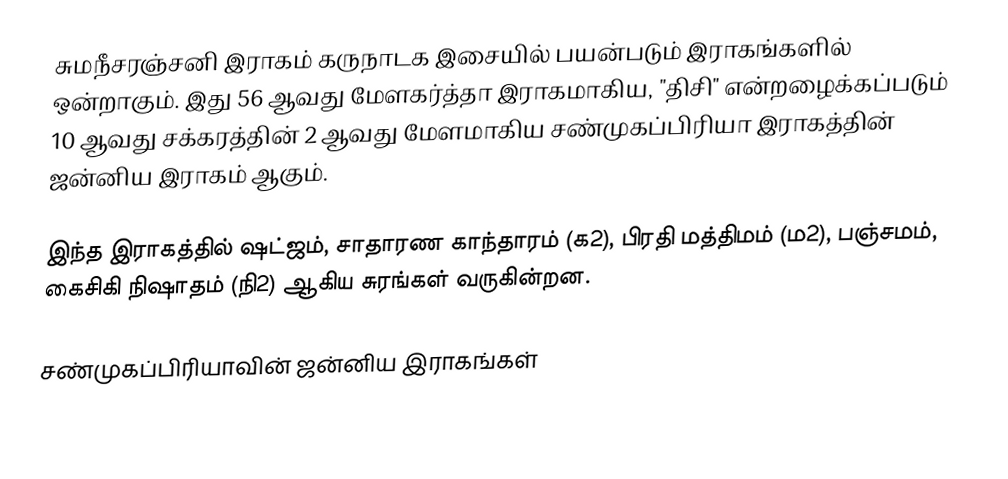
சுமநீசரஞ்சனி இராகம் கருநாடக இசையில் பயன்படும் இராகங்களில் ஒன்றாகும். இது 56 ஆவது மேளகர்த்தா இராகமாகிய, "திசி" என்றழைக்கப்படும் 10 ஆவது சக்கரத்தின் 2 ஆவது மேளமாகிய சண்முகப்பிரியா இராகத்தின் ஜன்னிய இராகம் ஆகும்.

இந்த இராகத்தில் ஷட்ஜம், சாதாரண காந்தாரம் (க2), பிரதி மத்திமம் (ம2), பஞ்சமம், கைசிகி நிஷாதம்  (நி2) ஆகிய சுரங்கள் வருகின்றன.

சண்முகப்பிரியாவின் ஜன்னிய இராகங்கள்